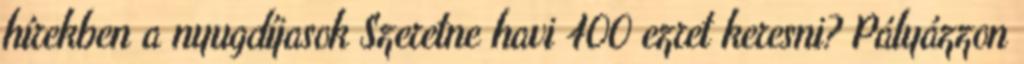
hírekben a nyugdíjasok Szeretne havi 400 ezret keresni? Pályázzon